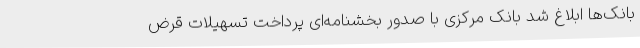
بانک‌ها ابلاغ شد بانک مرکزی با صدور بخشنامه‌ای پرداخت تسهیلات قرض